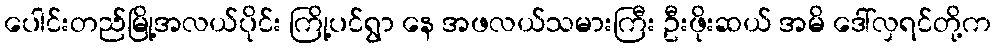
ပေါင်းတည်မြို့အလယ်ပိုင်း ကြို့ပင်ရွာ နေ အဖလယ်သမားကြီး ဦးဖိုးဆယ် အမိ ဒေါ်လှရင်တို့က